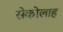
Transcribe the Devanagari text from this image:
सेकोलाह